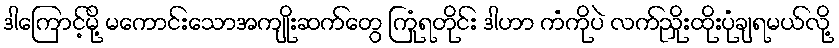
ဒါကြောင့်မို့ မကောင်းသောအကျိုးဆက်တွေ ကြုံရတိုင်း ဒါဟာ ကံကိုပဲ လက်ညှိုးထိုးပုံချရမယ်လို့